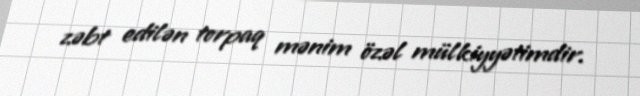
zəbt edilən torpaq mənim özəl mülkiyyətimdir.